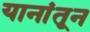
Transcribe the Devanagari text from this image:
यानांतून